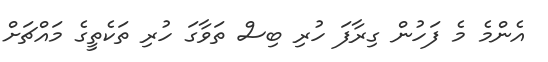
އެންމެ މެ ފަހުން ގިރާފަ ހުރި ބިސް ތަވާގަ ހުރި ތަކެތީގެ މައްޗަށް